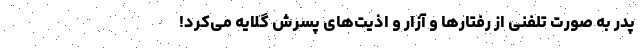
پدر به صورت تلفنی از رفتارها و آزار و اذیت‌های پسرش گلایه می‌کرد!